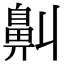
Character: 鼼